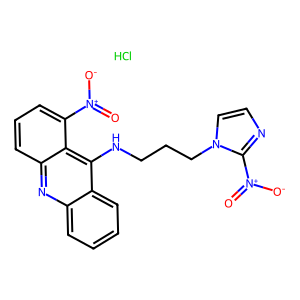
SMILES: Cl.O=[N+]([O-])c1cccc2nc3ccccc3c(NCCCn3ccnc3[N+](=O)[O-])c12
Inhibits HIV replication: No